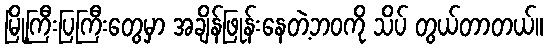
မြို့ကြီးပြကြီးတွေမှာ အချိန်ဖြုန်းနေတဲ့ဘဝကို သိပ် တွယ်တာတယ်။